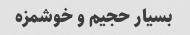
بسیار حجیم و خوشمزه